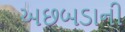
અછબડાની